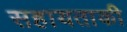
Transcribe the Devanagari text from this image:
सहायताकी